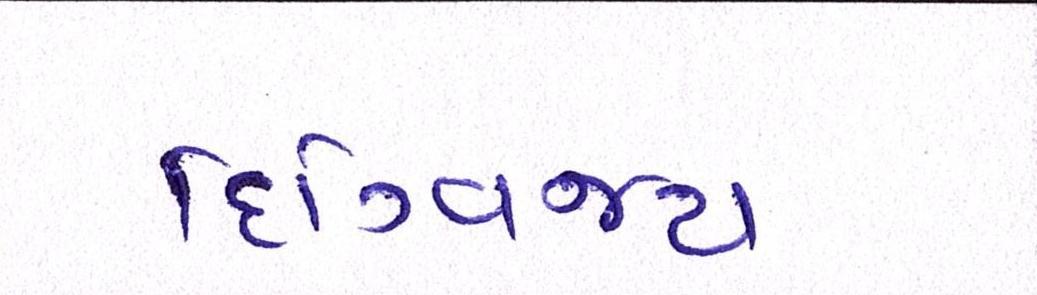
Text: દિગ્વિજય